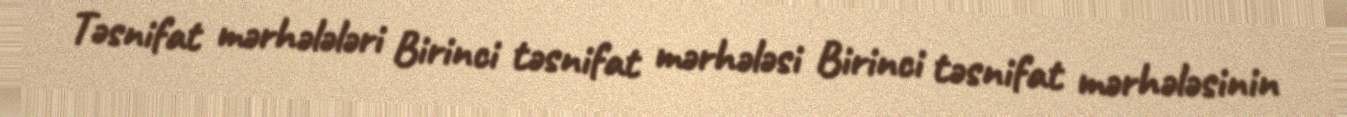
Təsnifat mərhələləri Birinci təsnifat mərhələsi Birinci təsnifat mərhələsinin